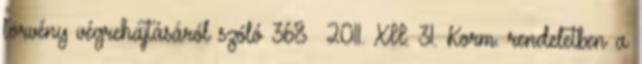
törvény végrehajtásáról szóló 368 2011. XII. 31. Korm. rendeletben a